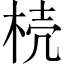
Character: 𣒆